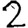
Digit: 2